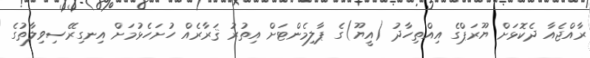
ރާއްޖެއާ ދެކޮޅަށް ޔޫރަޕްގެ އިއްތިހާދު (އީޔޫ)ގެ ޕާލިމެންޓަށް އިތުރު ޤަރާރެއް ހުށަހެޅުމަށް އިނގިރޭސިވިލާތުގެ